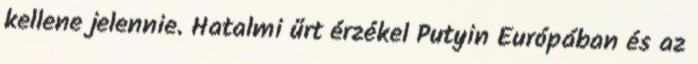
kellene jelennie. Hatalmi űrt érzékel Putyin Európában és az